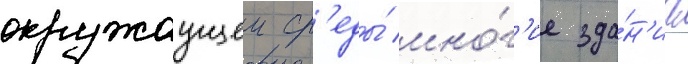
окружаущеи ср'еды́ мно́г'ие зда́н'иа